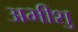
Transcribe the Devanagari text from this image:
अभीशु